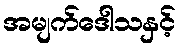
အမျက်ဒေါသနှင့်